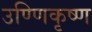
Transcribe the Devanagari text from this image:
उण्णिकृष्ण